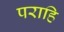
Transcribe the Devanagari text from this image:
पराहि